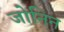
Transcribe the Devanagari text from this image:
जोनिन